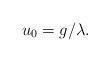
LaTeX: \begin{align*}u_0=g/\lambda.\end{align*}